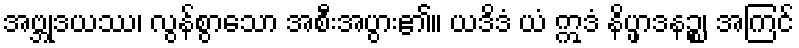
အဗ္ဘုဒယဿ၊ လွန်စွာသော အစီးအပွား၏။ ယဒိဒံ ယံ ဣဒံ နိပ္ဖာဒနဉ္စ၊ အကြင်